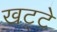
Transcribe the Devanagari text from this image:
खट्‌टे